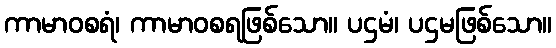
ကာမာဝစရံ၊ ကာမာဝစရဖြစ်သော။ ပဌမံ၊ ပဌမဖြစ်သော။